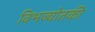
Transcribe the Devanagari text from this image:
विभज्योतकी